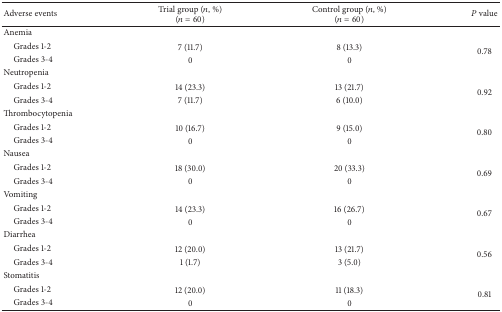
<table><thead><tr><td><b>Adverse events</b></td><td><b>Trial group (<i>n</i>, %)(<i>n</i> = 60)</b></td><td><b>Control group (<i>n</i>, %)(<i>n</i> = 60)</b></td><td><b><i>P</i> value</b></td></tr></thead><tbody><tr><td>Anemia</td><td> </td><td> </td><td> </td></tr><tr><td> Grades 1-2</td><td>7 (11.7)</td><td>8 (13.3)</td><td rowspan="2">0.78</td></tr><tr><td> Grades 3-4</td><td>0</td><td>0</td></tr><tr><td>Neutropenia</td><td> </td><td> </td><td> </td></tr><tr><td> Grades 1-2</td><td>14 (23.3)</td><td>13 (21.7)</td><td rowspan="2">0.92</td></tr><tr><td> Grades 3-4</td><td>7 (11.7)</td><td>6 (10.0)</td></tr><tr><td>Thrombocytopenia</td><td> </td><td> </td><td> </td></tr><tr><td> Grades 1-2</td><td>10 (16.7)</td><td>9 (15.0)</td><td rowspan="2">0.80</td></tr><tr><td> Grades 3-4</td><td>0</td><td>0</td></tr><tr><td>Nausea</td><td> </td><td> </td><td> </td></tr><tr><td> Grades 1-2</td><td>18 (30.0)</td><td>20 (33.3)</td><td rowspan="2">0.69</td></tr><tr><td> Grades 3-4</td><td>0</td><td>0</td></tr><tr><td>Vomiting</td><td> </td><td> </td><td> </td></tr><tr><td> Grades 1-2</td><td>14 (23.3)</td><td>16 (26.7)</td><td rowspan="2">0.67</td></tr><tr><td> Grades 3-4</td><td>0</td><td>0</td></tr><tr><td>Diarrhea</td><td> </td><td> </td><td> </td></tr><tr><td> Grades 1-2</td><td>12 (20.0)</td><td>13 (21.7)</td><td rowspan="2">0.56</td></tr><tr><td> Grades 3-4</td><td>1 (1.7)</td><td>3 (5.0)</td></tr><tr><td>Stomatitis</td><td> </td><td> </td><td> </td></tr><tr><td> Grades 1-2</td><td>12 (20.0)</td><td>11 (18.3)</td><td rowspan="2">0.81</td></tr><tr><td> Grades 3-4</td><td>0</td><td>0</td></tr></tbody></table>